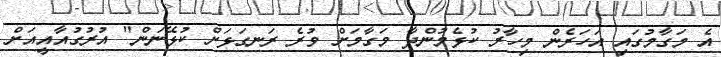
އެ މަގާމުގައި އަހަރެން މިހާރު ކުޅެމުންދާ މަގާމަށް ވުރެ ރަނގަޅަށް ކުޅޭނަން" އުރުގުއާއީއަށް